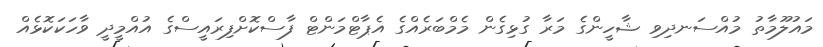
މައުލޫމާތު މުއްސަނދިވި ޝާހީންގެ މަރާ ގުޅިގެން މެމްބަރެއްގެ އެޕާޓްމަންޓް ފާސްކޮށްފިރައީސްގެ އުއްމީދީ ވާހަކަކޮޅެއް